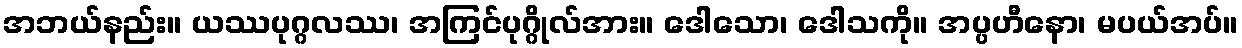
အဘယ်နည်း။ ယဿပုဂ္ဂလဿ၊ အကြင်ပုဂ္ဂိုလ်အား။ ဒေါသော၊ ဒေါသကို။ အပ္ပဟီနော၊ မပယ်အပ်။